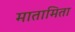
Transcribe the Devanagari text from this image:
मातामिता